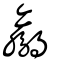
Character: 鸁